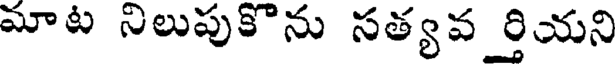
మాట నిలుపుకొను సత్యవ ర్తియని